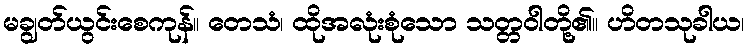
မချွတ်ယွင်းစေကုန်။ တေသံ၊ ထိုအလုံးစုံသော သတ္တဝါတို့၏။ ဟိတသုခါယ၊